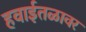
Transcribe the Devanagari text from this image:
हवाईतळावर